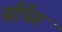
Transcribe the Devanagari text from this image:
सर्पिंग